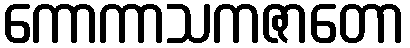
ကောကာသကဇာတော